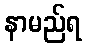
နာမည်ရ